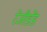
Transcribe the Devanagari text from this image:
रेजीडेंड